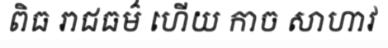
ពិធ រាជធម៌ ហើយ កាច សាហាវ